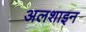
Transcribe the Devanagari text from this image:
अलशाइन